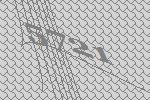
5721